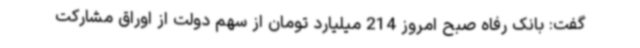
گفت: بانک رفاه صبح امروز 214 میلیارد تومان از سهم دولت از اوراق مشارکت